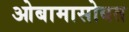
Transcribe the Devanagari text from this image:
ओबामासोबत